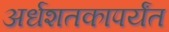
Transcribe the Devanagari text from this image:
अर्धशतकापर्यंत